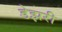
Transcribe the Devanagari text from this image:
डेझरी